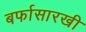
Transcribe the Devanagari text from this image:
बर्फासारखी